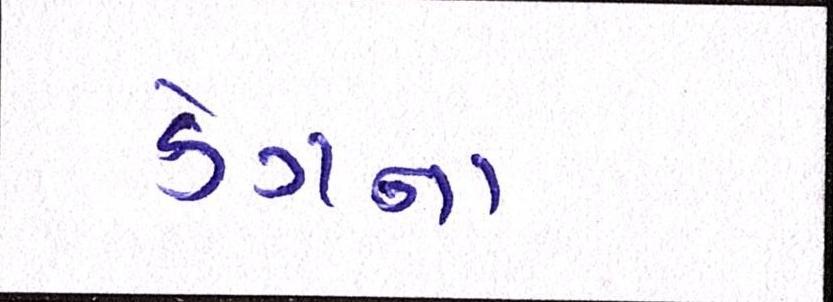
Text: કેગના